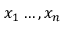
x _ { 1 } \ldots , x _ { n }